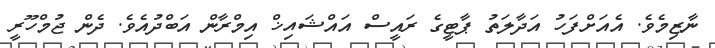
ނާޒިމެވެ. އެއަށްފަހު އަދާލަތު ޕާޓީގެ ރައީސް އައްޝައިޚް އިމްރާން އަބްދުއެވެ. ދެން ޖުމްހޫރީ